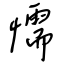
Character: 懦